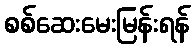
စစ်ဆေးမေးမြန်းရန်